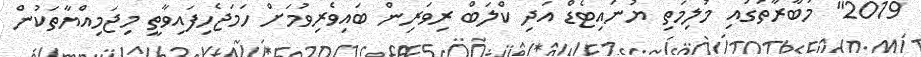
2019" މުބާރާތުގައި މުލިމަތި ޔުނައިޓެޑް އަދި ކްލަބް ރިވަރިން ބައިވެރިވުމަށް ހަމަޖެހިފައިވާތީ މިޖަމިއްޔާތަކުން